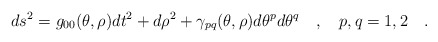
\begin{align*}ds^2=g_{00}(\theta,\rho)dt^2+d\rho^2+\gamma_{pq}(\theta,\rho)d\theta^pd\theta^q~~~,{}~~~p,q=1,2~~~.\end{align*}